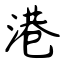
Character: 港